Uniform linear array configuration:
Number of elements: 4
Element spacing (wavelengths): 0.5
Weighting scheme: binomial
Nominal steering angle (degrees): -45
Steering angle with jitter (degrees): -46.955
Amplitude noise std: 0.05
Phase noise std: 0.05

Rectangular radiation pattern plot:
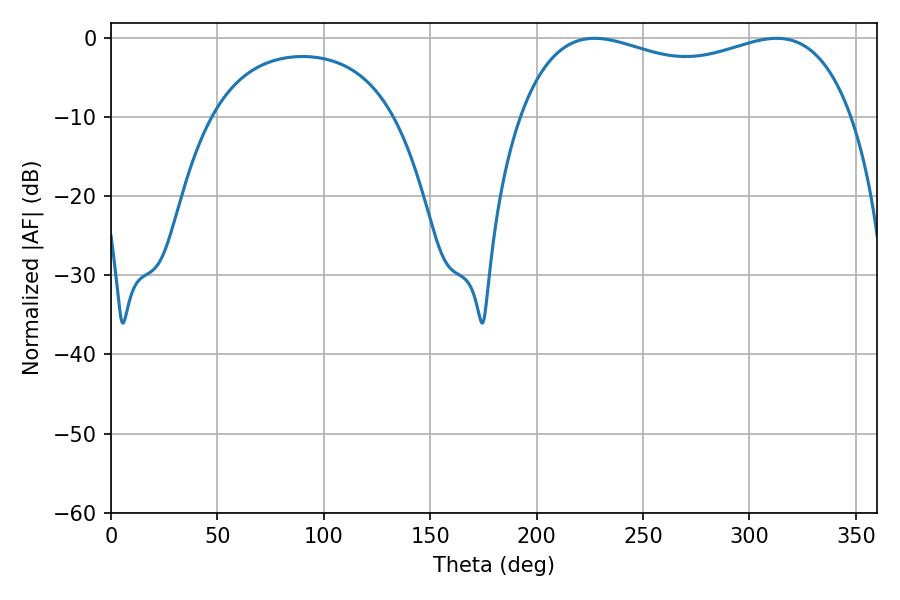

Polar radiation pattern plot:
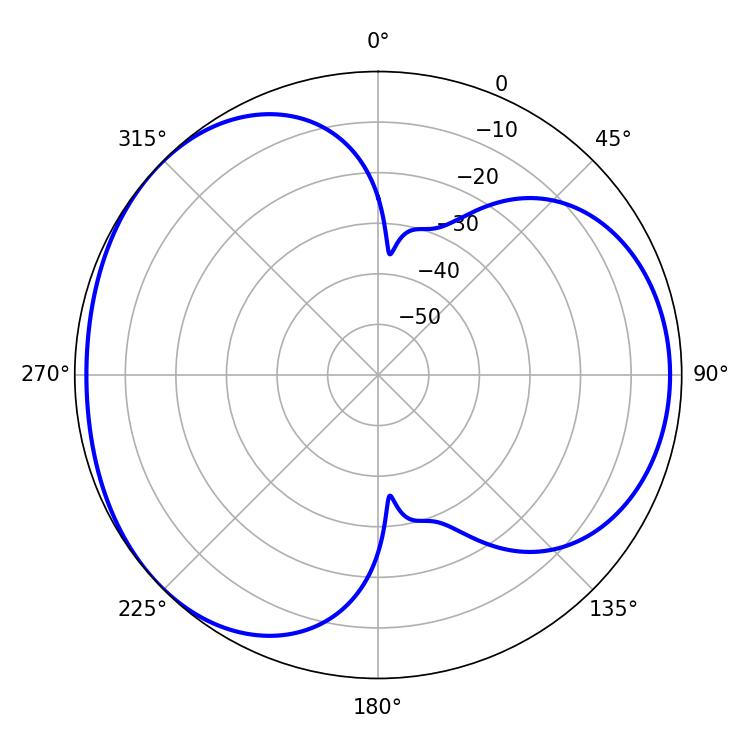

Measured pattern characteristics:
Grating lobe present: FALSE
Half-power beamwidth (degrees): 128.52
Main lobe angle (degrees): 227.16